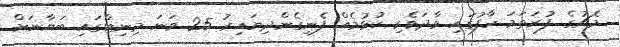
މެޗުގެ ފުރަތަމަ ހާފުގައި ވާދަވެރި ކުޅުމެއް ފެނިގެންދިޔައިރު 25 ވަނަ މިނިޓްގައި ބަޔާނަށް